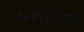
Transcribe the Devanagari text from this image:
आंबेडकरांबाबत